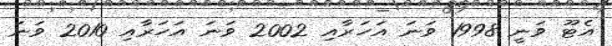
އެޓޫ ވަނީ 1998 ވަނަ އަހަރާއި 2002 ވަނަ އަހަރާއި 2010 ވަނަ